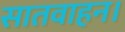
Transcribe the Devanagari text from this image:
सातवाहन।